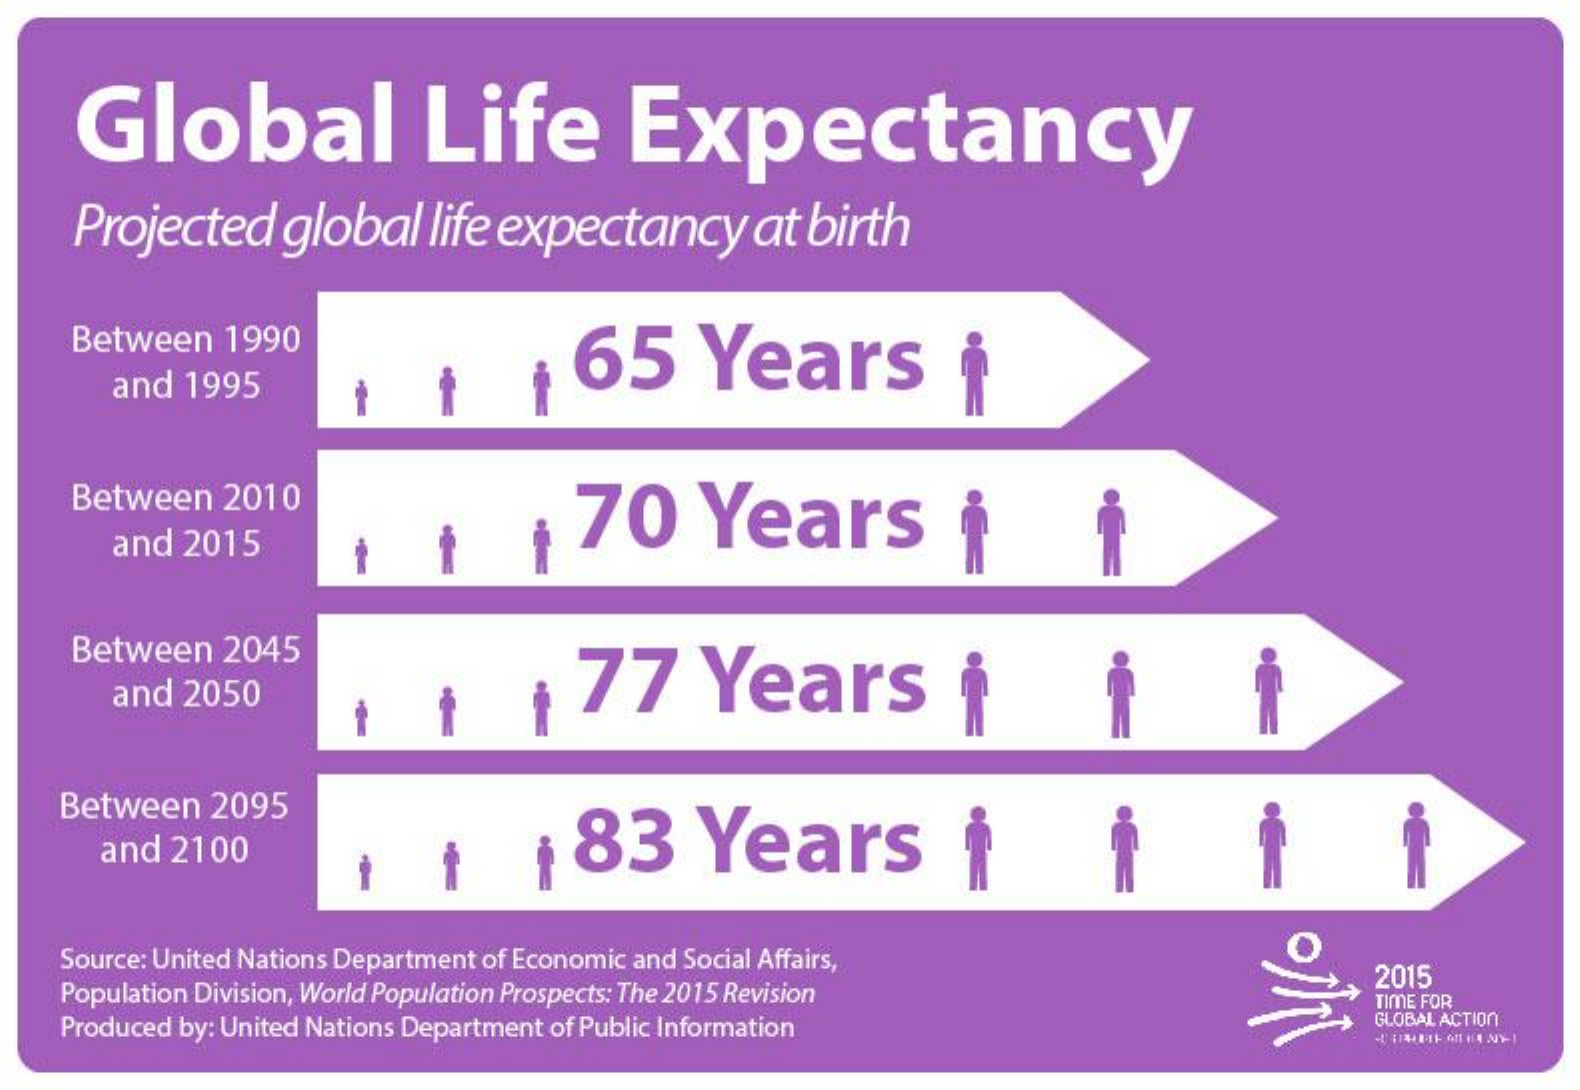
Global    Life    Expectancy
     Projected    global    life  expectancy    at   birth
     Between    1990
     65    Years
     and  1995
     Between    2010
     70    Years
     and  2015
     Between    2045
     and  2050    77    Years
     Between    2095
     and  2100    83    Years
     Source: United Nations Department of Economic and Social Affairs,
     Population Division, World Population Prospects: The 2015 Revision
     2015
     Produced by: United Nations Department of Public Information
     TIME FOR
     GLOBAL ACTION